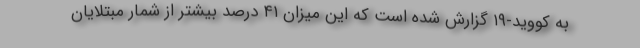
به کووید-۱۹ گزارش شده است که این میزان ۴۱ درصد بیشتر از شمار مبتلایان